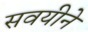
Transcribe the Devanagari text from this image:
सवयीने